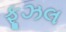
ફૂઝલ